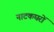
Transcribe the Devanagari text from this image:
नाटकघरों